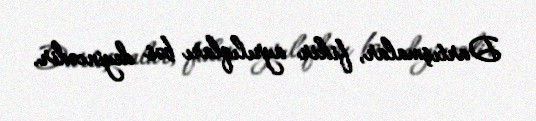
Dartışmalar, fikir ayrılıqları bəs deyincədir.